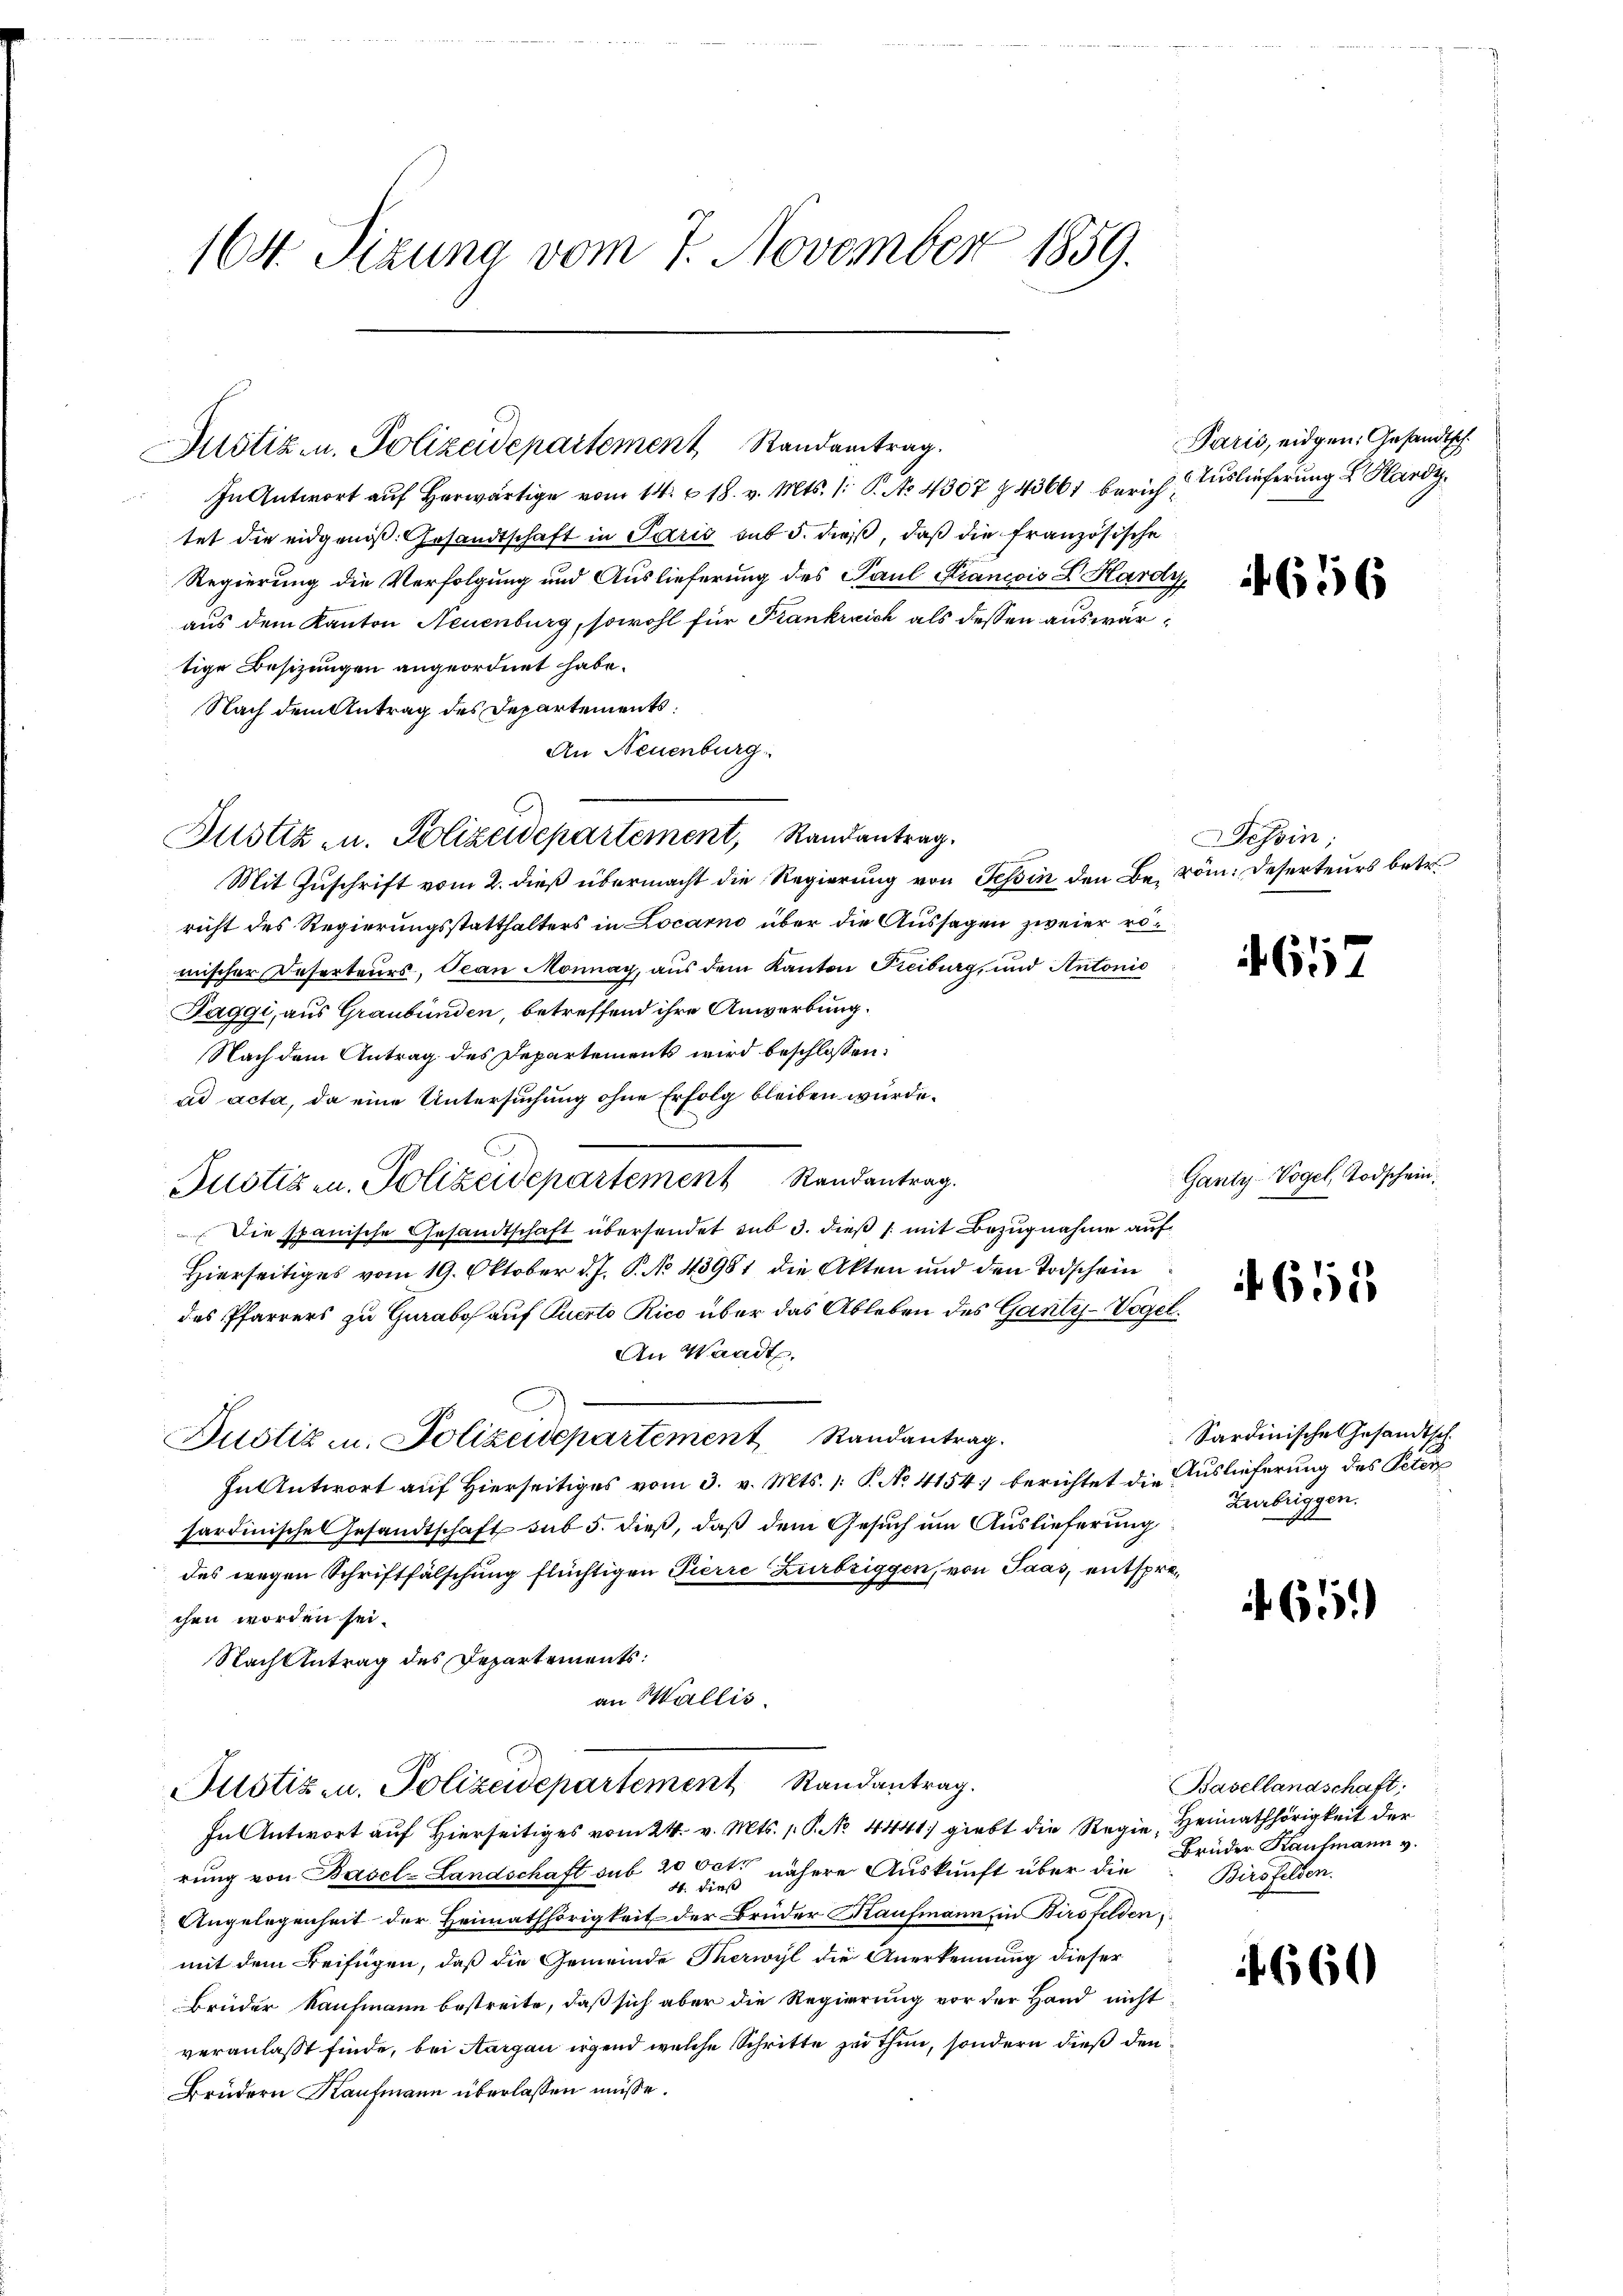
164. Sizung vom 7. November 1859.

In Antwort auf Herwärtige vom 14. & 18. v. Mts. 1. P. No 4307 § 43661 berich Auslieferung Kardi
tet die eidgenoß. Gesandtschaft in Paris sub 5. dieß, daß die französische
Regierung die Verfolgung und Auslieferung des Paul Krancois Dr. Hard
aus dem Kanton Neuenburg, sowohl für Frankreich als dessen auswärtige Besizungen angeordnet habe.
Nach dem Antrag des Departements
An Neuenburg
Mit Zuschrift vom 2. dieß übermacht die Regierung von Tessin den Bericht des Regierungsstatthalters in Locarno über die Aussagen zweier römischer Deserteurs, Ocan Monnay, aus dem Kanton Freiburg, und Antonio
Paggi, aus Graubünden, betreffend ihre Anwerbung.
Nach dem Antrag des Departements wird beschlossen:
ad acta, da eine Untersuchung ohne Erfolg bleiben würde.
Justiz u. Polizeidepartement Randantrag.
Die spanische Gesandtschaft übersendet sub 3. dieß (mit Bezugnahme auf
Hierseitiges vom 19. Oktober d. J. P. No 43981 die Akten und den Todschein
des Pfarrers zu Gurabo auf Puerto Rico über das Ableben des Gantz-Voger
An Waadt.
Justiz u. Polizeidepartement Randantrag.
In Antwort auf Hierseitiges vom 3. v. Mts. /: P. No. 4154) berichtet die Auslieferung des Peten
sardinische Gesandtschaft sub 5. dieß, daß dem Gesuch um Auslieferung
des wegen Schriftfälschung flüchtigen Pierre Zurbriggen, von Paas, entspr
chen worden sei.
Nach Antrag des Departements:
an Wallis.
Justiz- u. Polizeidepartement Randantrag.
In Antwort auf Hierseitiges vom 24. v. Mts. 1. P. No. 4441 giebt die Regie Heimathörigkeit der
rung von Basel-Landschaft sub 20 Oct. nähere Auskunft über die
4. dieß
Angelegenheit der Heimathörigkeit der Brüder Kaufmann, in Birsfeldenmit dem Beifügen, daß die Gemeinde Therwyl die Anerkennung dieser
Brüder Kaufmann bestreite, daß sich aber die Regierung vor der Hand nicht
veranlasst finde, bei Aargau irgend welche Schritte zu thun, sondern dieß den¬
Brüdern Kaufmann überlassen müsse.

Justiz- u. Polizeidepartement Standertrag.

Justiz- u. Polizeidepartement, Randantrag.

Paris, eidgen: Gesandtsch

.

2.

2

1656

Tessin;
röm: Deserteurs betr.

657

Ganty-Vogel, Todschein

611

Sardinische Gesandtsch.
Zurbriggen.
1

465)

Basellandschaft,
Brüder Kaufmann v.
Birsfelden.

4660